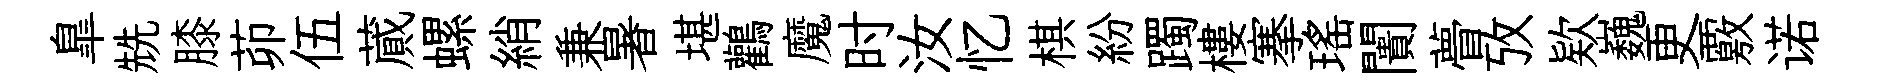
臯兟膝茆伍蕆螺綃兼暑堪鸛魔时汝忆棋紛躅樓搴瑶闠瞢攷欵巍更覈诺